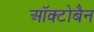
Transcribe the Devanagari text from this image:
ऑक्टोबैन